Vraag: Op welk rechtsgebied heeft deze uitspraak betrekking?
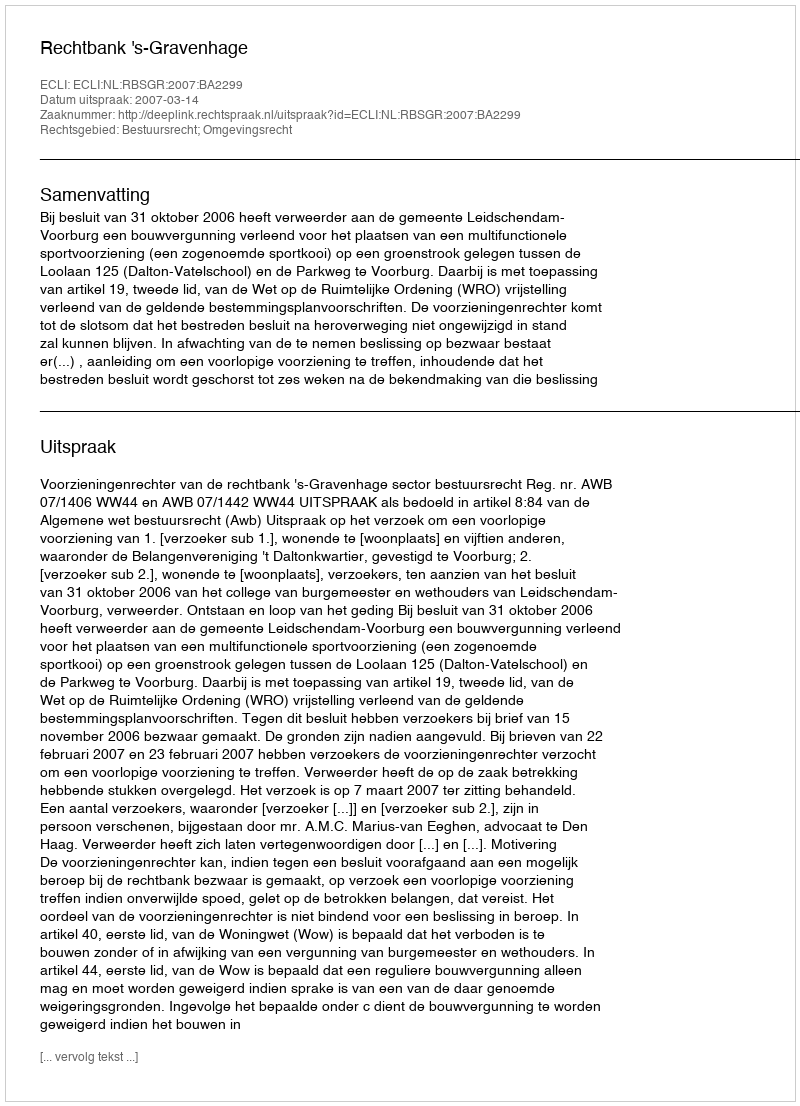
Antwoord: Bestuursrecht; Omgevingsrecht